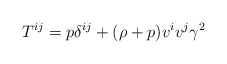
\begin{align*}T^{ij}=p\delta ^{ij}+(\rho +p)v^iv^j\gamma ^2 \end{align*}